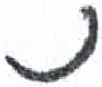
אות: נ